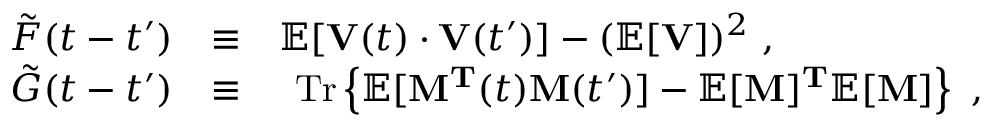
\begin{array} { r l r } { \tilde { F } ( t - t ^ { \prime } ) } & { \equiv } & { \mathbb { E } [ { \bf { V } } ( t ) \cdot { \bf { V } } ( t ^ { \prime } ) ] - ( \mathbb { E } [ { \bf { V } } ] ) ^ { 2 } \ , \ { \mathrm { ~ ~ ~ ~ ~ ~ ~ ~ ~ ~ ~ ~ ~ ~ ~ ~ } } } \\ { \tilde { G } ( t - t ^ { \prime } ) } & { \equiv } & { { \mathrm { T r } } \left\{ \mathbb { E } [ { \bf { M } ^ { T } } ( t ) { \bf { M } } ( t ^ { \prime } ) ] - \mathbb { E } [ { \bf { M } } ] { \bf { ^ T } } \mathbb { E } [ { \bf { M } } ] \right\} \ , \ } \end{array}